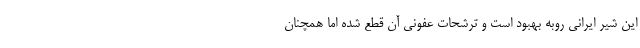
این شیر ایرانی روبه‌ بهبود است و ترشحات عفونی آن قطع شده اما همچنان